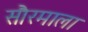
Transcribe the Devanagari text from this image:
सौरमाला